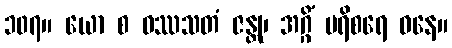
၁၀၇။ ယော စ ဝဿသတံ ဇန္တု၊ အဂ္ဂိံ ပရိစရေ ဝနေ။